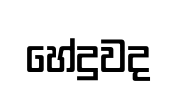
හේදුවද